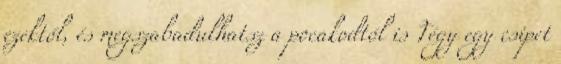
ezektől, és megszabadulhatsz a pocakodtól is Tégy egy csipet